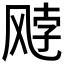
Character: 𫗈